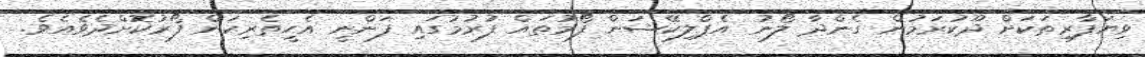
ވިޔަފާރިތަކަށް ދޫކުރަމުން ގެންދާ ލޯނު އެޕްލިކޭޝަން ފޯމުތައް ފުރުމުގައި ފަންނީ އެހީތެރިކަން ފޯރުކޮށްދެވެއެވެ.